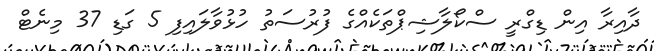
ދާއިރާ އިން ޑިގްރީ ސްކޯލާޝިޕްތަކެއްގެ ފުރުސަތު ހުޅުވާލައިފި 5 ގަޑި 37 މިނެޓް